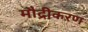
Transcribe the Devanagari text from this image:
मौद्रीकरण